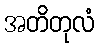
အတိတုလံ